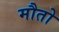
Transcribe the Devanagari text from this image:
मौतो